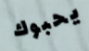
يحبوك